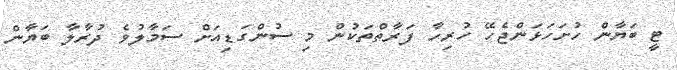
ޓީ ބަޔާން ހުށަހަޅަންޖެހޭ ހުރިހާ ފަރާތްތަކުން މި ސުންގަޑިއަށް ސަމާލުވެ ދުރާލާ ބަޔާން